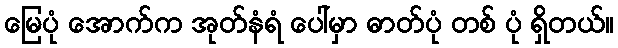
မြေပုံ အောက်က အုတ်နံရံ ပေါ်မှာ ဓာတ်ပုံ တစ် ပုံ ရှိတယ်။